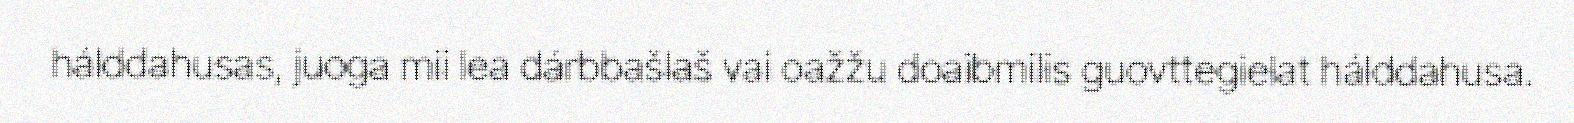
hálddahusas, juoga mii lea dárbbašlaš vai oažžu doaibmilis guovttegielat hálddahusa.